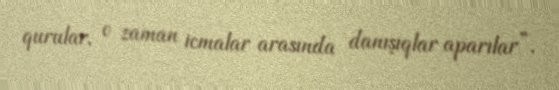
qurular, o zaman icmalar arasında danışıqlar aparılar”.